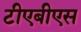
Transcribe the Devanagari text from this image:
टीएबीएस